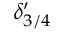
\delta _ { 3 / 4 } ^ { \prime }